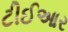
ટીઈઆર